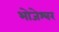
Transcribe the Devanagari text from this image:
भोजेश्‍वर